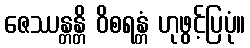
ဇေဿန္တန္တိ ဝိစရန္တံ ဟုဖွင့်ပြပုံ။